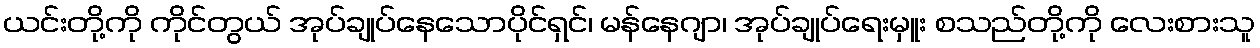
ယင်းတို့ကို ကိုင်တွယ် အုပ်ချုပ်နေသောပိုင်ရှင်၊ မန်နေဂျာ၊ အုပ်ချုပ်ရေးမှူး စသည်တို့ကို လေးစားသူ